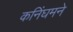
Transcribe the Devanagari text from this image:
कनिंघमने